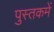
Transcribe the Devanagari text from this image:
पुस्‍तकमें